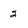
Character: 2